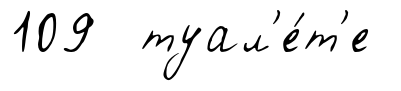
109 туал'е́т'е